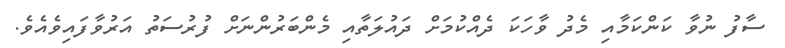
ސާފު ނުވާ ކަންކަމާއި މެދު ވާހަކަ ދެއްކުމަށް ދައުލަތާއި މެންބަރުންނަށް ފުރުސަތު އަރުވާފައިވެއެވެ.